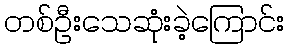
တစ်ဦးသေဆုံးခဲ့ကြောင်း